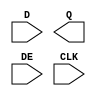
/**
 * Copyright 2020 The SkyWater PDK Authors
 *
 * Licensed under the Apache License, Version 2.0 (the "License");
 * you may not use this file except in compliance with the License.
 * You may obtain a copy of the License at
 *
 *     https://www.apache.org/licenses/LICENSE-2.0
 *
 * Unless required by applicable law or agreed to in writing, software
 * distributed under the License is distributed on an "AS IS" BASIS,
 * WITHOUT WARRANTIES OR CONDITIONS OF ANY KIND, either express or implied.
 * See the License for the specific language governing permissions and
 * limitations under the License.
 *
 * SPDX-License-Identifier: Apache-2.0
 */

`ifndef SKY130_FD_SC_HS__EDFXTP_SYMBOL_V
`define SKY130_FD_SC_HS__EDFXTP_SYMBOL_V

/**
 * edfxtp: Delay flop with loopback enable, non-inverted clock,
 *         single output.
 *
 * Verilog stub (without power pins) for graphical symbol definition
 * generation.
 *
 * WARNING: This file is autogenerated, do not modify directly!
 */

`timescale 1ns / 1ps
`default_nettype none

(* blackbox *)
module sky130_fd_sc_hs__edfxtp (
    //# {{data|Data Signals}}
    input  D  ,
    output Q  ,

    //# {{control|Control Signals}}
    input  DE ,

    //# {{clocks|Clocking}}
    input  CLK
);

    // Voltage supply signals
    supply1 VPWR;
    supply0 VGND;

endmodule

`default_nettype wire
`endif  // SKY130_FD_SC_HS__EDFXTP_SYMBOL_V